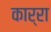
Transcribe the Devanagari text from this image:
कार्रा